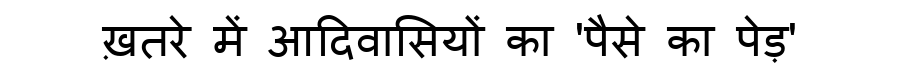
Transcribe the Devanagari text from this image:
ख़तरे में आदिवासियों का 'पैसे का पेड़'